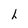
Character: L